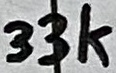
Text: 33k